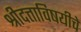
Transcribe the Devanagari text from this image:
श्रीदत्ताविषयीचे